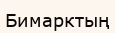
Бимарктың